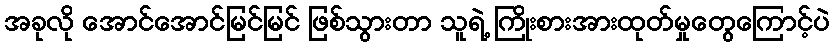
အခုလို အောင်အောင်မြင်မြင် ဖြစ်သွားတာ သူရဲ့ ကြိုးစားအားထုတ်မှုတွေကြောင့်ပဲ